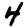
Digit: 4